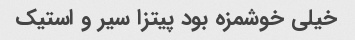
خیلی خوشمزه بود پیتزا سیر و استیک